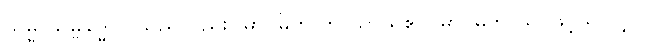
သမ္မာသမ္ဗုဒ္ဓေါပိ၊ သည်လည်း။ မာဂဓိက ဘာသာယဧဝ၊ မာဂဓဘာသာဖြင့်သာလျှင်။